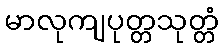
မာလုကျပုတ္တသုတ္တံ